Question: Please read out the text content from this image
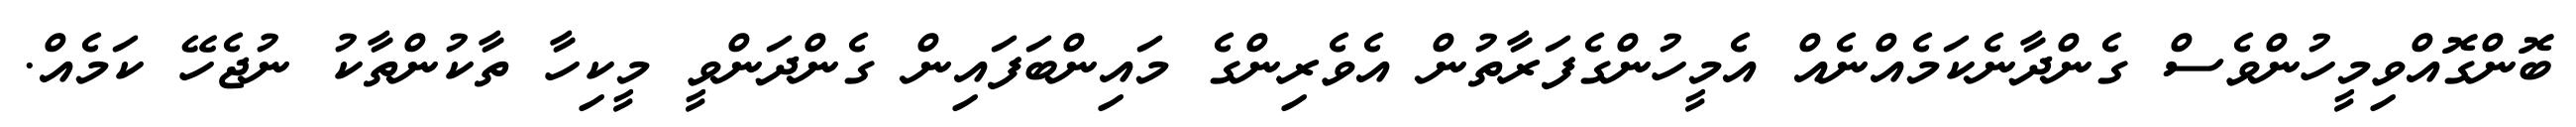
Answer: ބޮންގޮއްވިމީހުންވެސް ގެންދާނެކަމެއްނެއް އެމީހުންގެފަރާތުން އެވެރިންގެ މައިންބަފައިން ގެންދަންވީ މީކިހާ ތާކުންތާކު ނުޖެހޭ ކަމެއް.